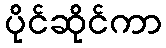
ပိုင်ဆိုင်ကာ